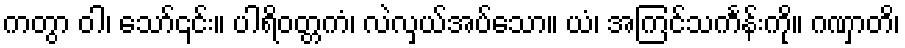
ကတွာ ဝါ၊ သော်၎င်း။ ပါရိဝတ္တကံ၊ လဲလှယ်အပ်သော။ ယံ၊ အကြင်သင်္ကန်းကို။ ဂဏှာတိ၊